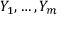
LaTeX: Y _ { 1 } , \ldots , Y _ { m }